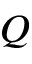
Q